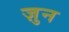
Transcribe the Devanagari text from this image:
ज़ुन